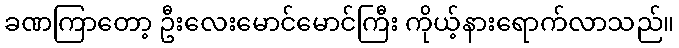
ခဏကြာတော့ ဦးလေးမောင်မောင်ကြီး ကိုယ့်နားရောက်လာသည်။